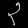
Digit: ၃